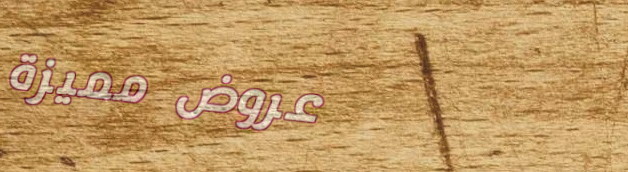
عروض مميزة